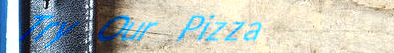
Try Our Pizza